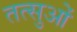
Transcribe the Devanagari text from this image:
तत्सुओं